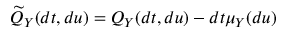
\widetilde { Q } _ { Y } ( d t , d u ) = Q _ { Y } ( d t , d u ) - d t \mu _ { Y } ( d u )